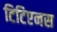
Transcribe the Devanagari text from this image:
टिटिएनस